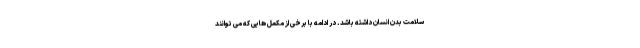
سلامت بدن انسان داشته باشد. در ادامه با برخی از مکمل هایی که می توانند